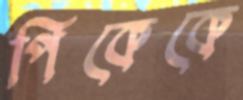
পিকেকে